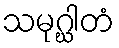
သမုဂ္ဃါတံ